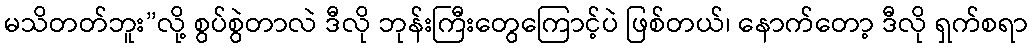
မသိတတ်ဘူး”လို့ စွပ်စွဲတာလဲ ဒီလို ဘုန်းကြီးတွေကြောင့်ပဲ ဖြစ်တယ်၊ နောက်တော့ ဒီလို ရှက်စရာ